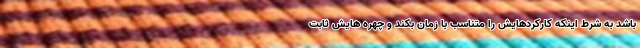
باشد به شرط اینکه کارکردهایش را متناسب با زمان بکند و چهره هایش ثابت